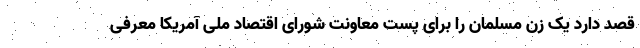
قصد دارد یک زن مسلمان را برای پست معاونت شورای اقتصاد ملی آمریکا معرفی